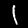
Digit: 1